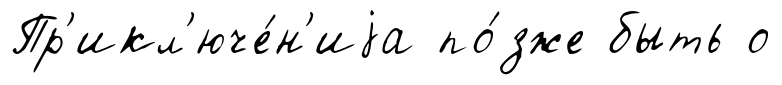
Пр'икл'юче́н'иjа по́зже быть о